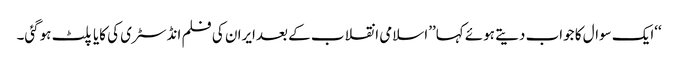
‘‘ایک سوال کا جواب دیتے ہوئے کہا’’اسلامی انقلاب کے بعدایران کی فلم انڈسٹری کی کایا پلٹ ہوگئی۔